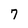
Character: 7